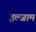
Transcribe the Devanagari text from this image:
इल्‍जाम